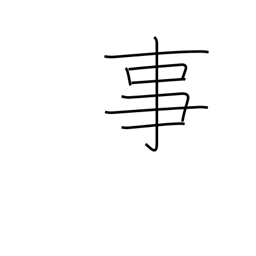
Meaning: fact